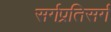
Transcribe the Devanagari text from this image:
सर्गप्रतिसर्ग